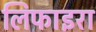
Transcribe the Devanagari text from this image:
लिफाइरा